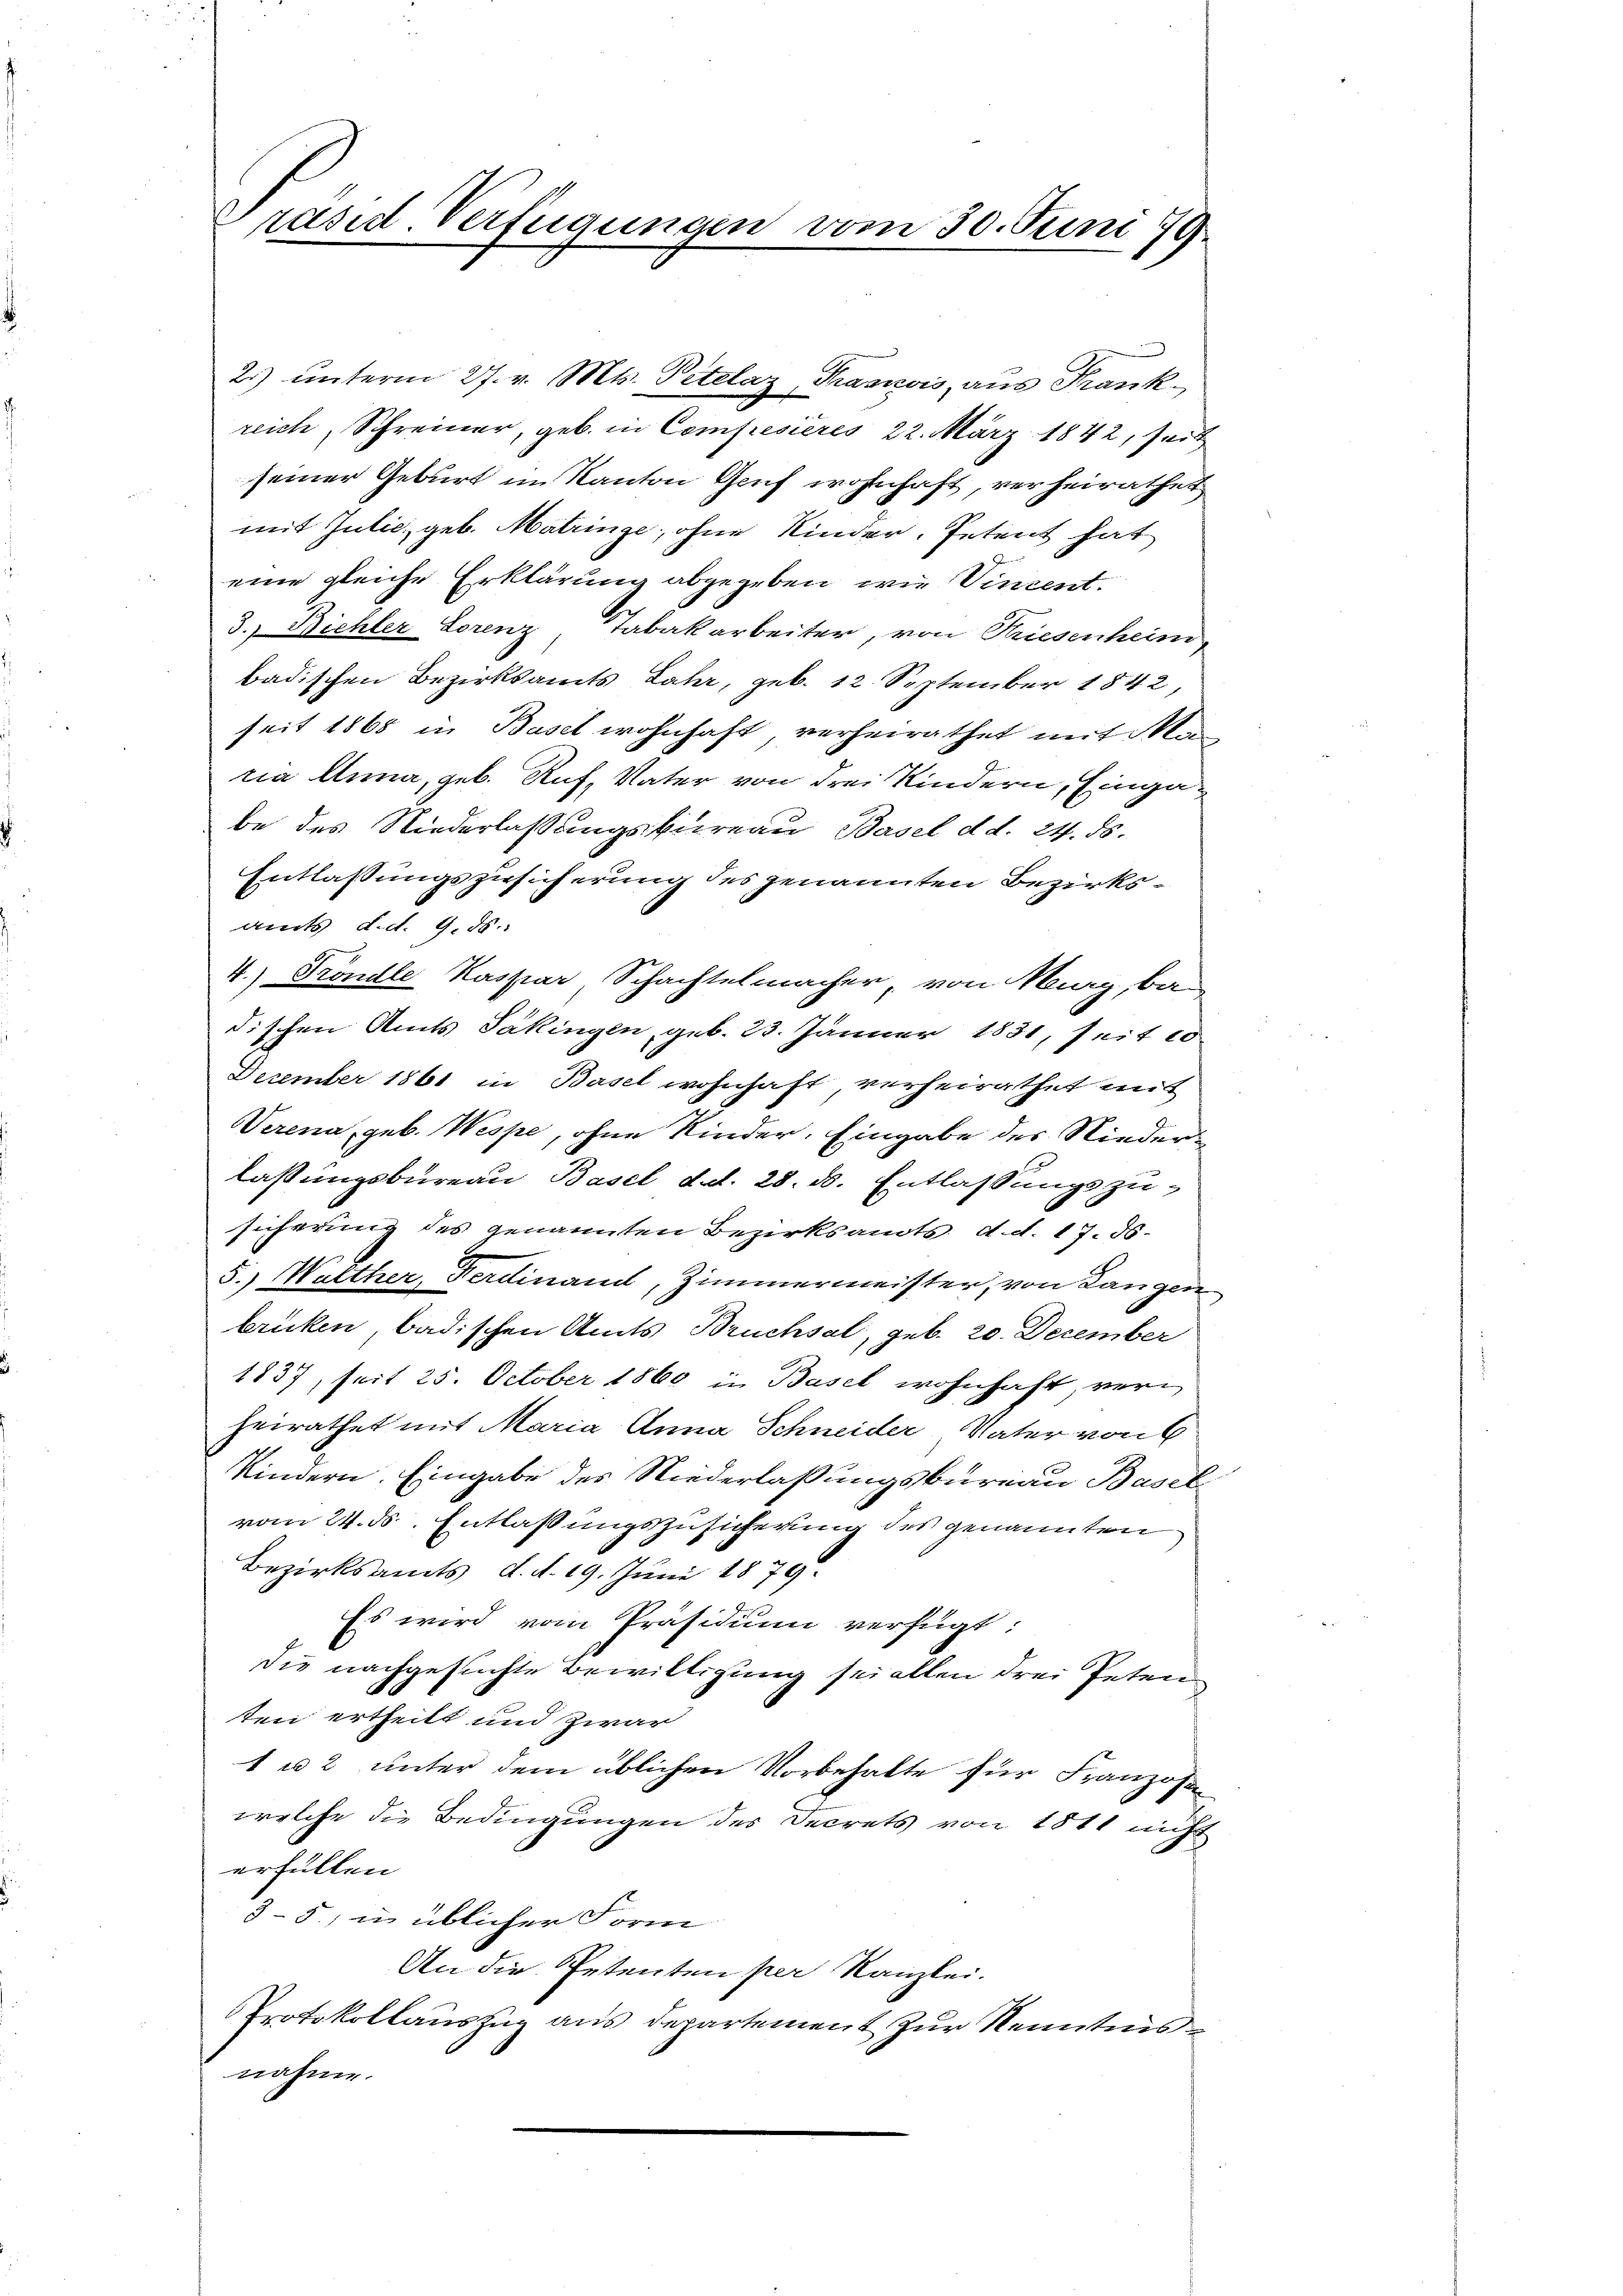
Präsid. Verfügungen vom 30. Juni 179

2) unterm 27. v. Mts. Petelaz, Trasavis aus Frankreich, Schreiner, geb. in Compresieres 22. März 1842, seit
seiner Geburt in Kanton Genf wohnhaft, verheirathet
mit Julić, geb. Matringe, ohne Kinder, Petent hat
eine gleiche Erklärung abgegeben, wie Vincent.
3. Bichler Lorenz Tabakarbeiter, von Friesenheim,
badischen Bezirksamts Jahr, geb. 12. September 1842,
seit 1865 in Basel wohnhaft, verheirathet mit Ma
ria Anna, geb. Ruf, Vater von drei Kindern, Eingabe des Niederlassungsbureau, Basel d. d. 24. ds.
Entlassungszusicherung des genannten Bezirksamts d. d. 9. ds.
4.) Fröndle Kassiar Schachtelmacher, von Murg, ba
dischen Amts Säkingen, geb. 23. Jänner 1831, seit 10
December 1861 in Basel wohnhaft, verheirathet mit
Verena, geb. Wespe, ohne Kinder. Eingabe des Niederlassungsbureau Basel d.d. 28. d. Entlassungszusicherung des genannten Bezirksamts, d. d. 17. ds.
5.) Walther, Ferdinand, Zimmermeister, von Langen
brücken, badischen Amts Bruchsal, geb. 20. Dezember
1837, seit 25. October 1860 in Basel wohnhaft, verheirathet mit Maria Anna Schneider Vater von
Kindern. Eingabe des Niederlaßungsbureau Basel
vom 24. ds. Entlassungszusicherung des genannten
Bezirksamts, d. d. 19. Juni 1879.
Es wird vom Präsidium verfügt:
die nachgesuchte Bewilligung sei allen drei Petenten ertheilt und zwar
1 u 2 unter dem üblichen Vorbehalte für Franzosen
welche die Bedingungen des Secrets von 1811 nicht
erfüllen
3-5., in üblicher Form
An die Petenten per Kanzlei.
Protokollauszug aus Departement zur Kenntnis
nahme.